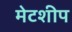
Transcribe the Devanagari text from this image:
मेटशीप